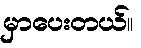
မှာပေးတယ်။